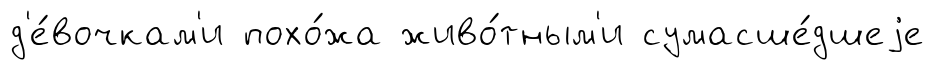
д'е́вочкам'и похо́жа живо́тным'и сумасше́дшеjе